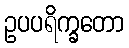
ဥပပရိက္ခတော